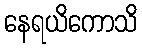
နေရယိကောသိ